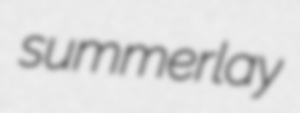
summerlay